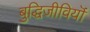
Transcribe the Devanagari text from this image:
बुद्धिजीवियॊं